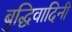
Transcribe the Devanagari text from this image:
बुद्धिवादिनी